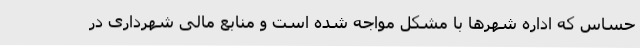
حساس که اداره شهرها با مشکل مواجه شده است و منابع مالی شهرداری در